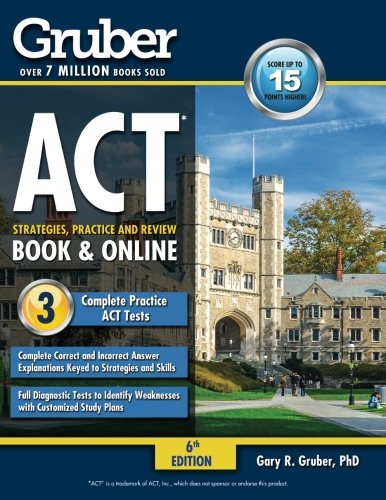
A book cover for Gruber's ACT Strategies, Practice, and Review 2015-2016; Gary Gruber; Test Preparation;